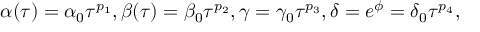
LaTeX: \alpha ( \tau ) = \alpha _ { 0 } \tau ^ { p _ { 1 } } , \beta ( \tau ) = \beta _ { 0 } \tau ^ { p _ { 2 } } , \gamma = \gamma _ { 0 } \tau ^ { p _ { 3 } } , \delta = e ^ { \phi } = \delta _ { 0 } \tau ^ { p _ { 4 } } ,